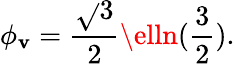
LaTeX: \phi_{\mathbf{v}}=\frac{{\sqrt{}{3}}}{{2}}\elln({\frac{3}{2}}).